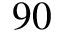
9 0